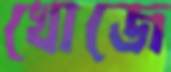
খোজে